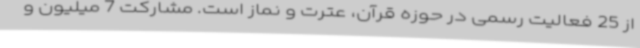
از 25 فعالیت رسمی در حوزه قرآن، عترت و نماز است. مشارکت 7 میلیون و